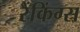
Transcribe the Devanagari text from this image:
रैंकिंग्स